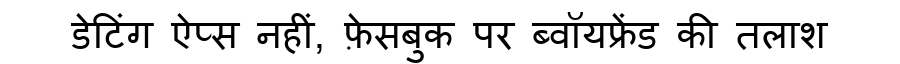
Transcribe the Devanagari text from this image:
डेटिंग ऐप्स नहीं, फ़ेसबुक पर ब्वॉयफ्रेंड की तलाश